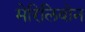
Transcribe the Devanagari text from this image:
मेरिलिबोन